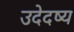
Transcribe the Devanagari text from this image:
उदेदष्य